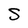
Character: S